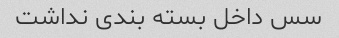
سس داخل بسته بندی نداشت